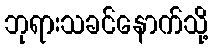
ဘုရားသခင်နောက်သို့